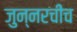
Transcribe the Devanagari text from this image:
जुन्‍नरचीच